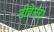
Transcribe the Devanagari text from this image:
डीवेलरा